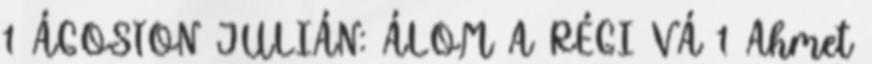
1 ÁGOSTON JULIÁN: ÁLOM A RÉGI VÁ 1 Ahmet